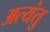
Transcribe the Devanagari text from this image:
अत्यंतु